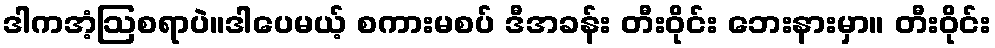
ဒါကအံ့ဩစရာပဲ။ဒါပေမယ့် စကားမစပ် ဒီအခန်း တီးဝိုင်း ဘေးနားမှာ။ တီးဝိုင်း